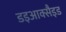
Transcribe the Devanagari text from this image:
डइआक्सैइड